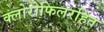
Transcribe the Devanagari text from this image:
क्लोरोफिलरहित